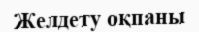
Желдету оқпаны